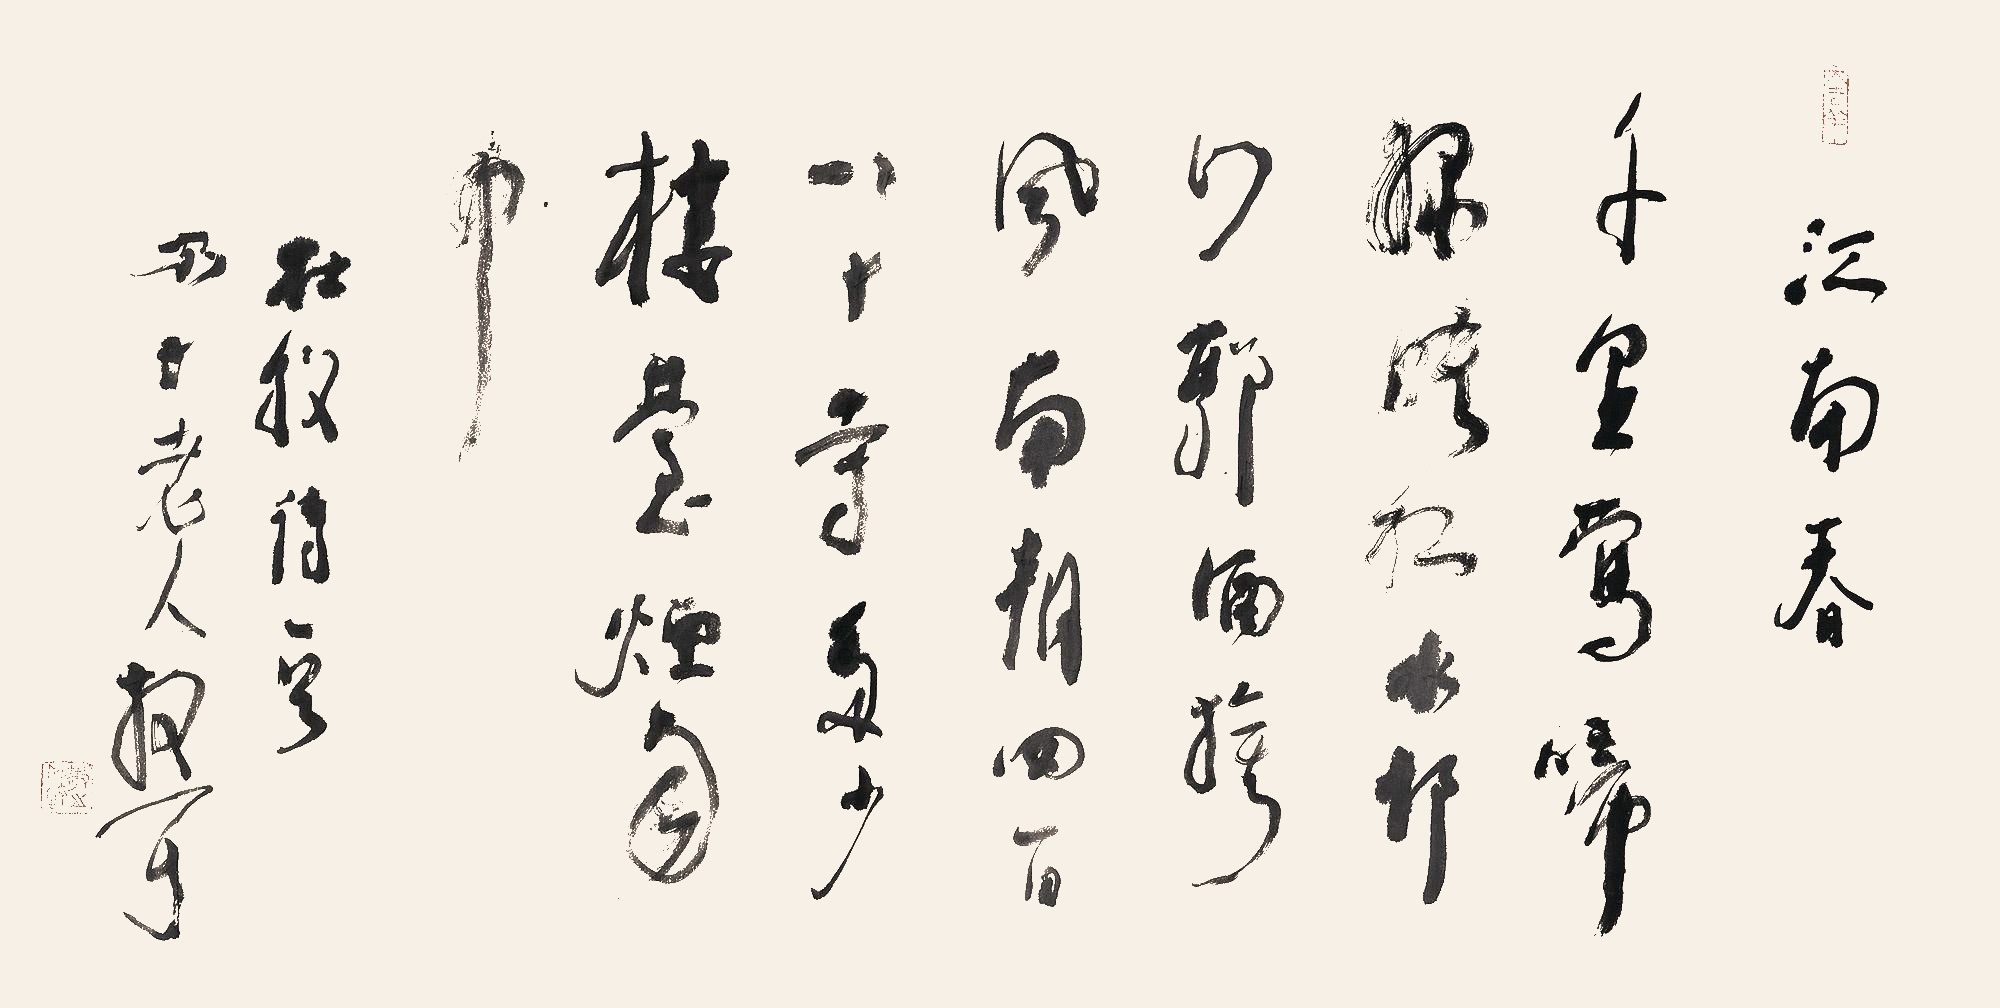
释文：千里莺啼绿映红，水村山郭酒旗风。南朝四百八十寺，多少楼台烟雨中。《江南春》杜牧诗一首。江山老人散耳。